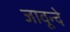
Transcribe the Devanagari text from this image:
जावून्दे